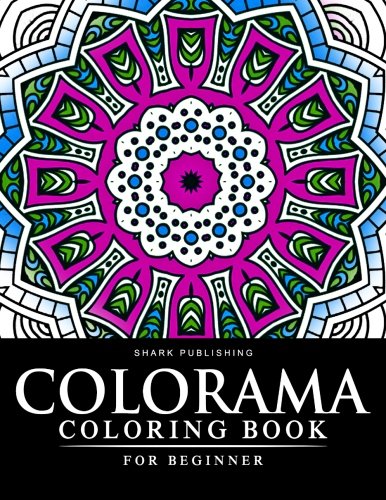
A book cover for Colorama coloring book for Beginner: Stress Relieving Patterns : Colorama Coloring books, coloring books for adults relaxation, Mandala Coloring Book (Volume 4); Colorama coloring book; Arts & Photography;